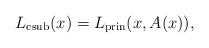
LaTeX: \begin{align*}L_\mathrm{csub}(x)=L_\mathrm{prin}(x,A(x)),\end{align*}